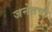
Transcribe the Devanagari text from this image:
जनेतची